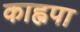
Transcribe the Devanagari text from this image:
काह्नपा